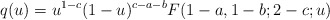
\begin{align*}q(u)=u^{1-c}(1-u)^{c-a-b}F(1-a,1-b;2-c;u)\end{align*}